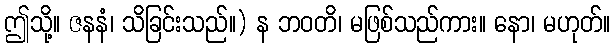
ဤသို့။ ဇနနံ၊ သိခြင်းသည်။) န ဘဝတိ၊ မဖြစ်သည်ကား။ နော၊ မဟုတ်။